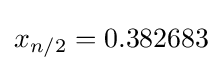
x_{n/2}=0.382683